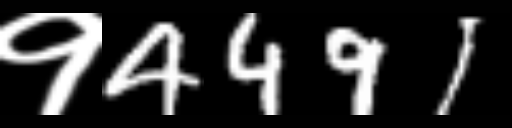
Text: १4491